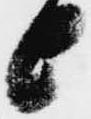
上